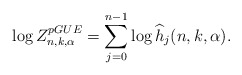
\begin{align*}\log Z_{n,k,\alpha}^{pGUE}= \sum_{j=0}^{n-1}\log \widehat h_j(n,k,\alpha).\end{align*}